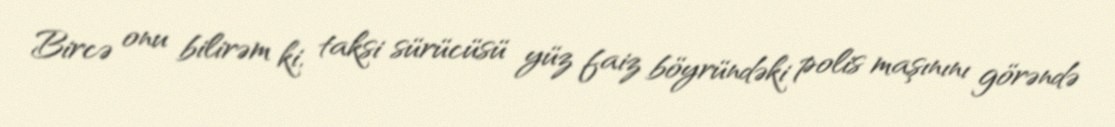
Bircə onu bilirəm ki, taksi sürücüsü yüz faiz böyründəki polis maşınını görəndə